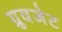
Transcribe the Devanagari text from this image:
ग्रूवजेट